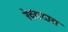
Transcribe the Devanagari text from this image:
रेवंतदास